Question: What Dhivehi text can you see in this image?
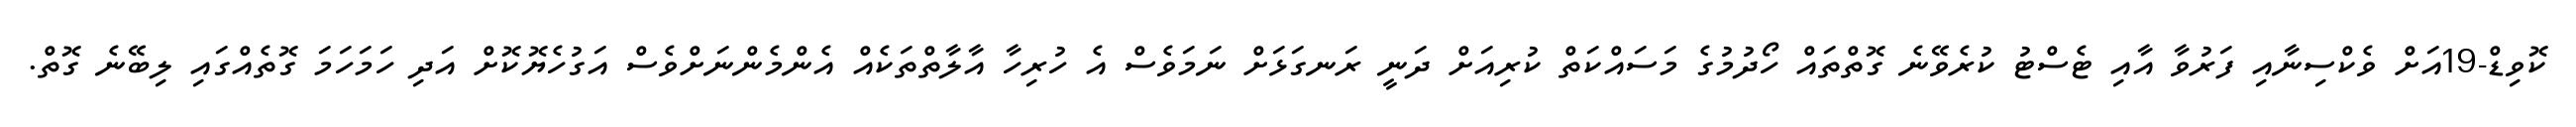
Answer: ކޮވިޑް-19އަށް ވެކްސިނާއި ފަރުވާ އާއި ޓެސްޓު ކުރެވޭނެ ގޮތްތައް ހޯދުމުގެ މަސައްކަތް ކުރިއަށް ދަނީ ރަނގަޅަށް ނަމަވެސް އެ ހުރިހާ އާލާތްތަކެއް އެންމެންނަށްވެސް އަގުހެޔޮކޮށް އަދި ހަމަހަމަ ގޮތެއްގައި ލިބޭނެ ގޮތް.